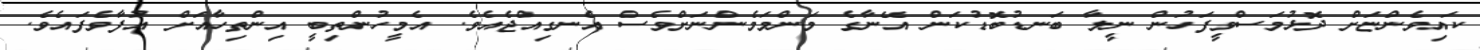
ކައިވެންޏަށް ދޮޅުމަސްވީފަހުން ނީލާ ބަނޑުބޮޑުކަން އޭނާގެ މަންމަމެންނަށްވެސް އެނގިއްޖެއެވެ. އެމީހުންތިބީ އިންތިހާއަށް އުފާވެފައެވެ.